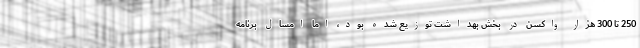
250 تا 300 هزار واکسن در بخش بهداشت توزیع شده بود، اما امسال برنامه